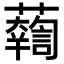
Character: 𧃓